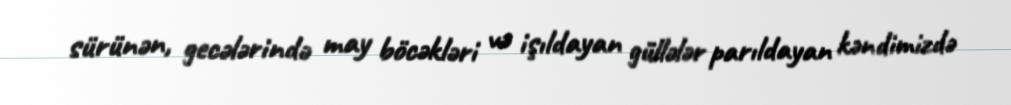
sürünən, gecələrində may böcəkləri və işıldayan güllələr parıldayan kəndimizdə